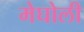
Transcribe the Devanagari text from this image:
मेघोली